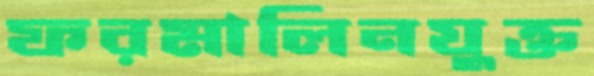
ফরমালিনযুক্ত